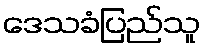
ဒေသခံပြည်သူ